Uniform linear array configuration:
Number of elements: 48
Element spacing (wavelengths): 0.75
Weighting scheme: exponential
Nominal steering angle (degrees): -30
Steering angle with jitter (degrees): -30.709
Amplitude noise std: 0.05
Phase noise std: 0.05

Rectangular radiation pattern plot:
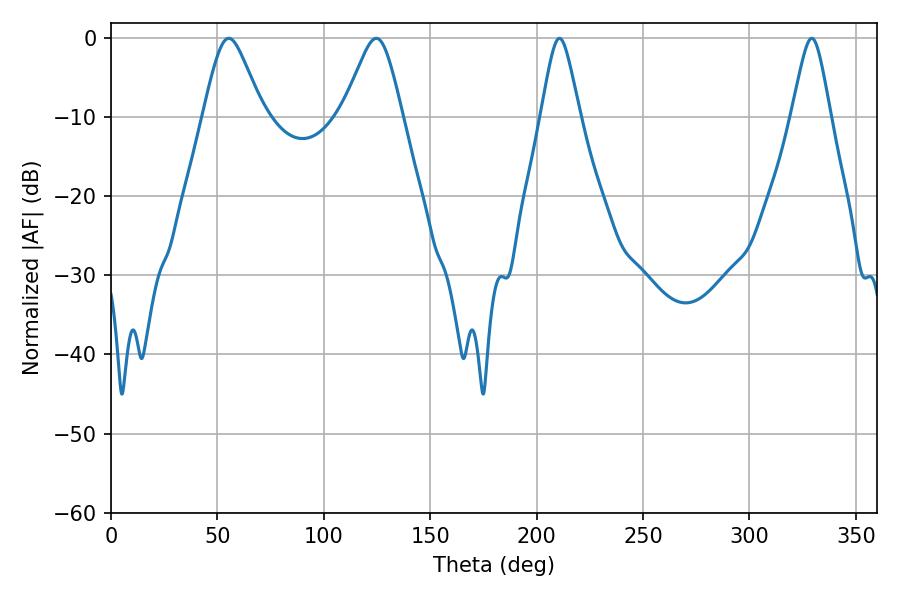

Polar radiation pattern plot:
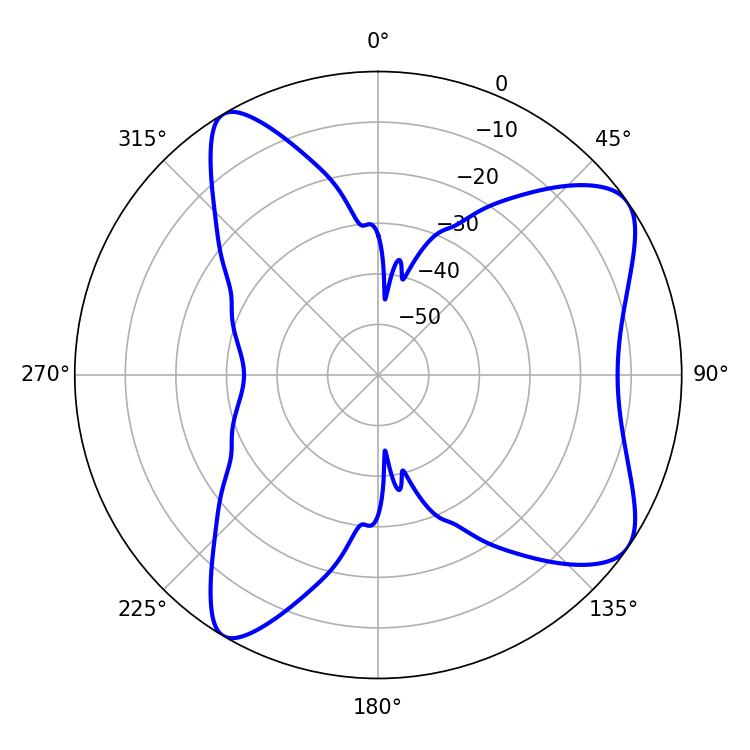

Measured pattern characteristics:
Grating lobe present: TRUE
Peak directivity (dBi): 8.154
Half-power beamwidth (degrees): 13.5
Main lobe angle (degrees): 55.26